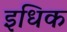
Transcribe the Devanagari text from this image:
इधिक